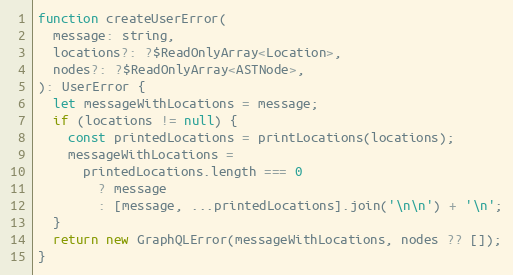
Language: JavaScript
function createUserError(
  message: string,
  locations?: ?$ReadOnlyArray<Location>,
  nodes?: ?$ReadOnlyArray<ASTNode>,
): UserError {
  let messageWithLocations = message;
  if (locations != null) {
    const printedLocations = printLocations(locations);
    messageWithLocations =
      printedLocations.length === 0
        ? message
        : [message, ...printedLocations].join('\n\n') + '\n';
  }
  return new GraphQLError(messageWithLocations, nodes ?? []);
}